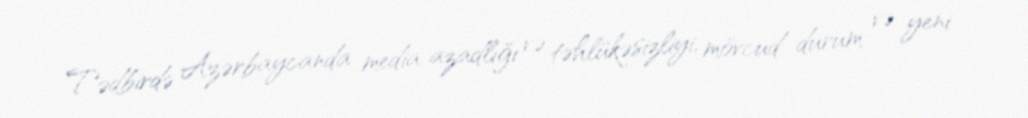
Tədbirdə Azərbaycanda media azadlığı və təhlükəsizliyi, mövcud durum və yeni